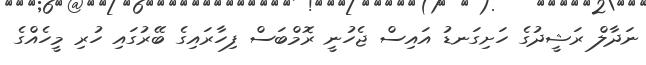
ނަދާލް ރަޝީދުގެ ހަށިގަނޑު އައިސް ޖެހުނީ ރޮމްބަސް ފިހާރައިގެ ބޭރުގައި ހުރި މީހެއްގެ